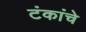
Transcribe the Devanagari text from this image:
टंकांचे